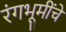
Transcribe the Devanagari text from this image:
रंगभूमींचे